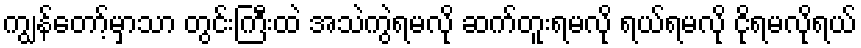
ကျွန်တော့်မှာသာ တွင်းကြီးထဲ အသဲကွဲရမလို ဆက်တူးရမလို ရယ်ရမလို ငိုရမလိုရယ်